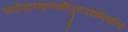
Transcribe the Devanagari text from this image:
सर्वोपद्रवकुष्ठादिदुष्टदोषनिवारिणी